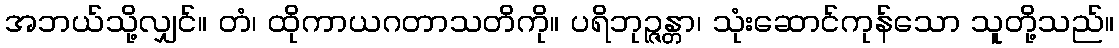
အဘယ်သို့လျှင်။ တံ၊ ထိုကာယဂတာသတိကို။ ပရိဘုဉ္ဇန္တာ၊ သုံးဆောင်ကုန်သော သူတို့သည်။